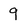
Character: 9